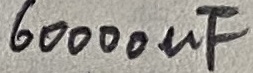
Text: 60000µF